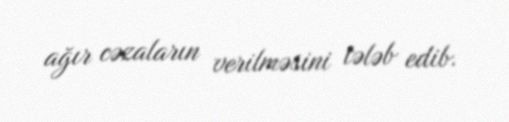
ağır cəzaların verilməsini tələb edib.